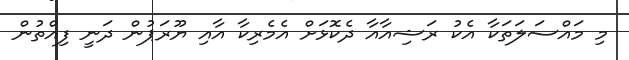
މި މައްސަލަތަކާ އެކު ރަޝިއާއާ ދެކޮޅަށް އެމެރިކާ އާއި ޔޫރަޕުން ދަނީ ފިއްތުން